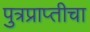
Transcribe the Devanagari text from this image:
पुत्रप्राप्‍तीचा